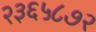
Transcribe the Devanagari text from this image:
२३६५८७२